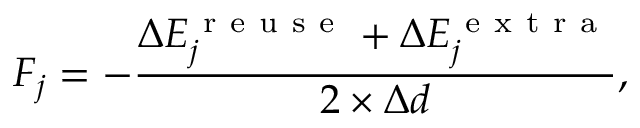
F _ { j } = - \frac { \Delta E _ { j } ^ { \mathrm { ~ r ~ e ~ u ~ s ~ e ~ } } + \Delta E _ { j } ^ { \mathrm { ~ e ~ x ~ t ~ r ~ a ~ } } } { 2 \times \Delta d } ,